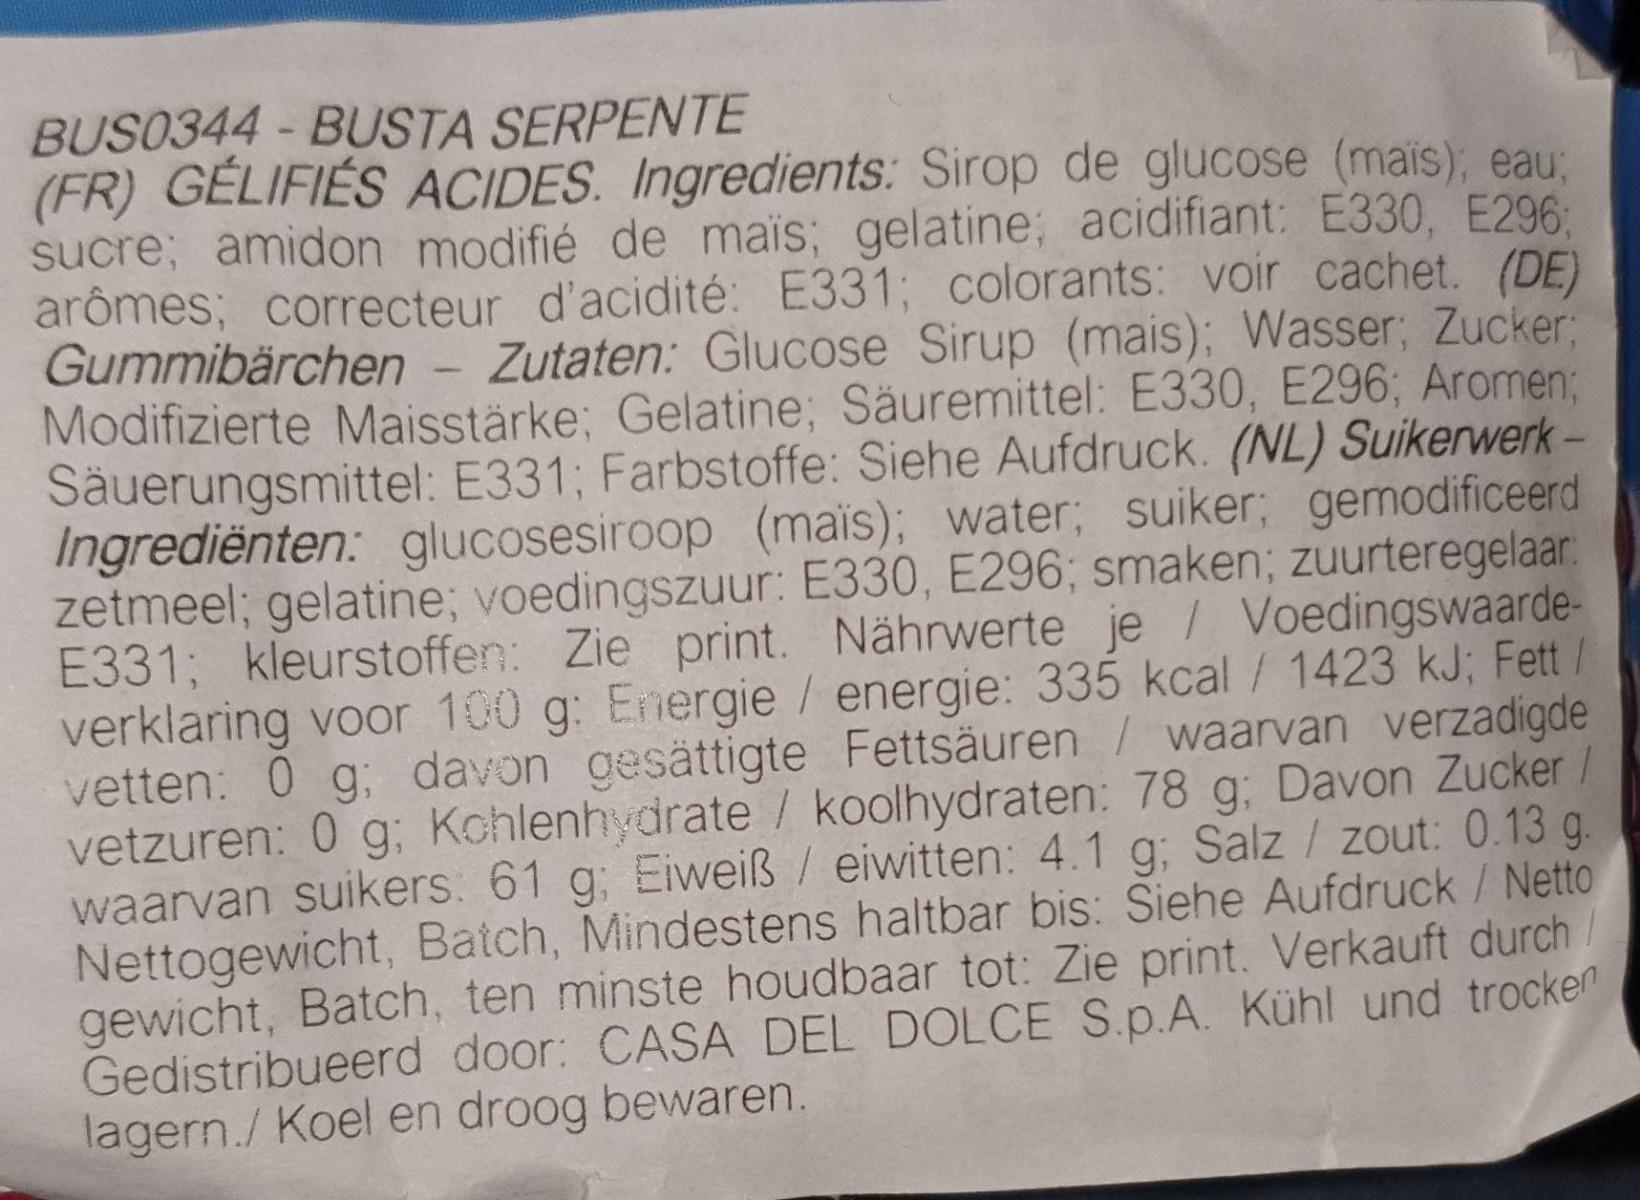
BUS0344 - BUSTA SERPENTE (FR) GÉLIFIÉS ACIDES. Ingredients: Sirop de glucose (mais); eau; sucre; amidon modifié de mais; gelatine; acidifiant: E330, E296: arômes; correcteur d'acidité: E331; colorants: voir cachet. (DE) Gummibärchen - Zutaten: Glucose Sirup (mais); Wasser; Zucker Modifizierte Maisstärke; Gelatine; Säuremittel: E330, E296; Aromen%3B Säuerungsmittel: E331; Farbstoffe: Siehe Aufdruck. (NL) Suikerwerk- Ingrediënten: glucosesiroop (mais); water; suiker; gemodificeerd zetmeel; gelatine; voedingszuur: E330, E296; smaken; zuurteregelaar. E331; kleurstoffen: Zie print. Nährwerte je / Voedingswaarde- verklaring voor 100 g: Energie / energie: 335 kcal / 1423 kJ; Fett/ vetten: 0 g; davon gesättigte Fettsäuren / waarvan verzadigde vetzuren: 0 g; Kchlenhydrate/ koolhydraten: 78 g; Davon Zucker / waarvan suikers: 61 g; Eiweiß /eiwitten: 4.1 g; Salz / zout: 0.13 g. Nettogewicht, Batch, Mindestens haltbar bis: Siehe Aufdruck / Netto gewicht, Batch, ten minste houdbaar tot: Zie print. Verkauft durch Gedistribueerd door: CASA DEL DOLCE S.p.A. Kühl und trocken lagern./Koel en droog bewaren.